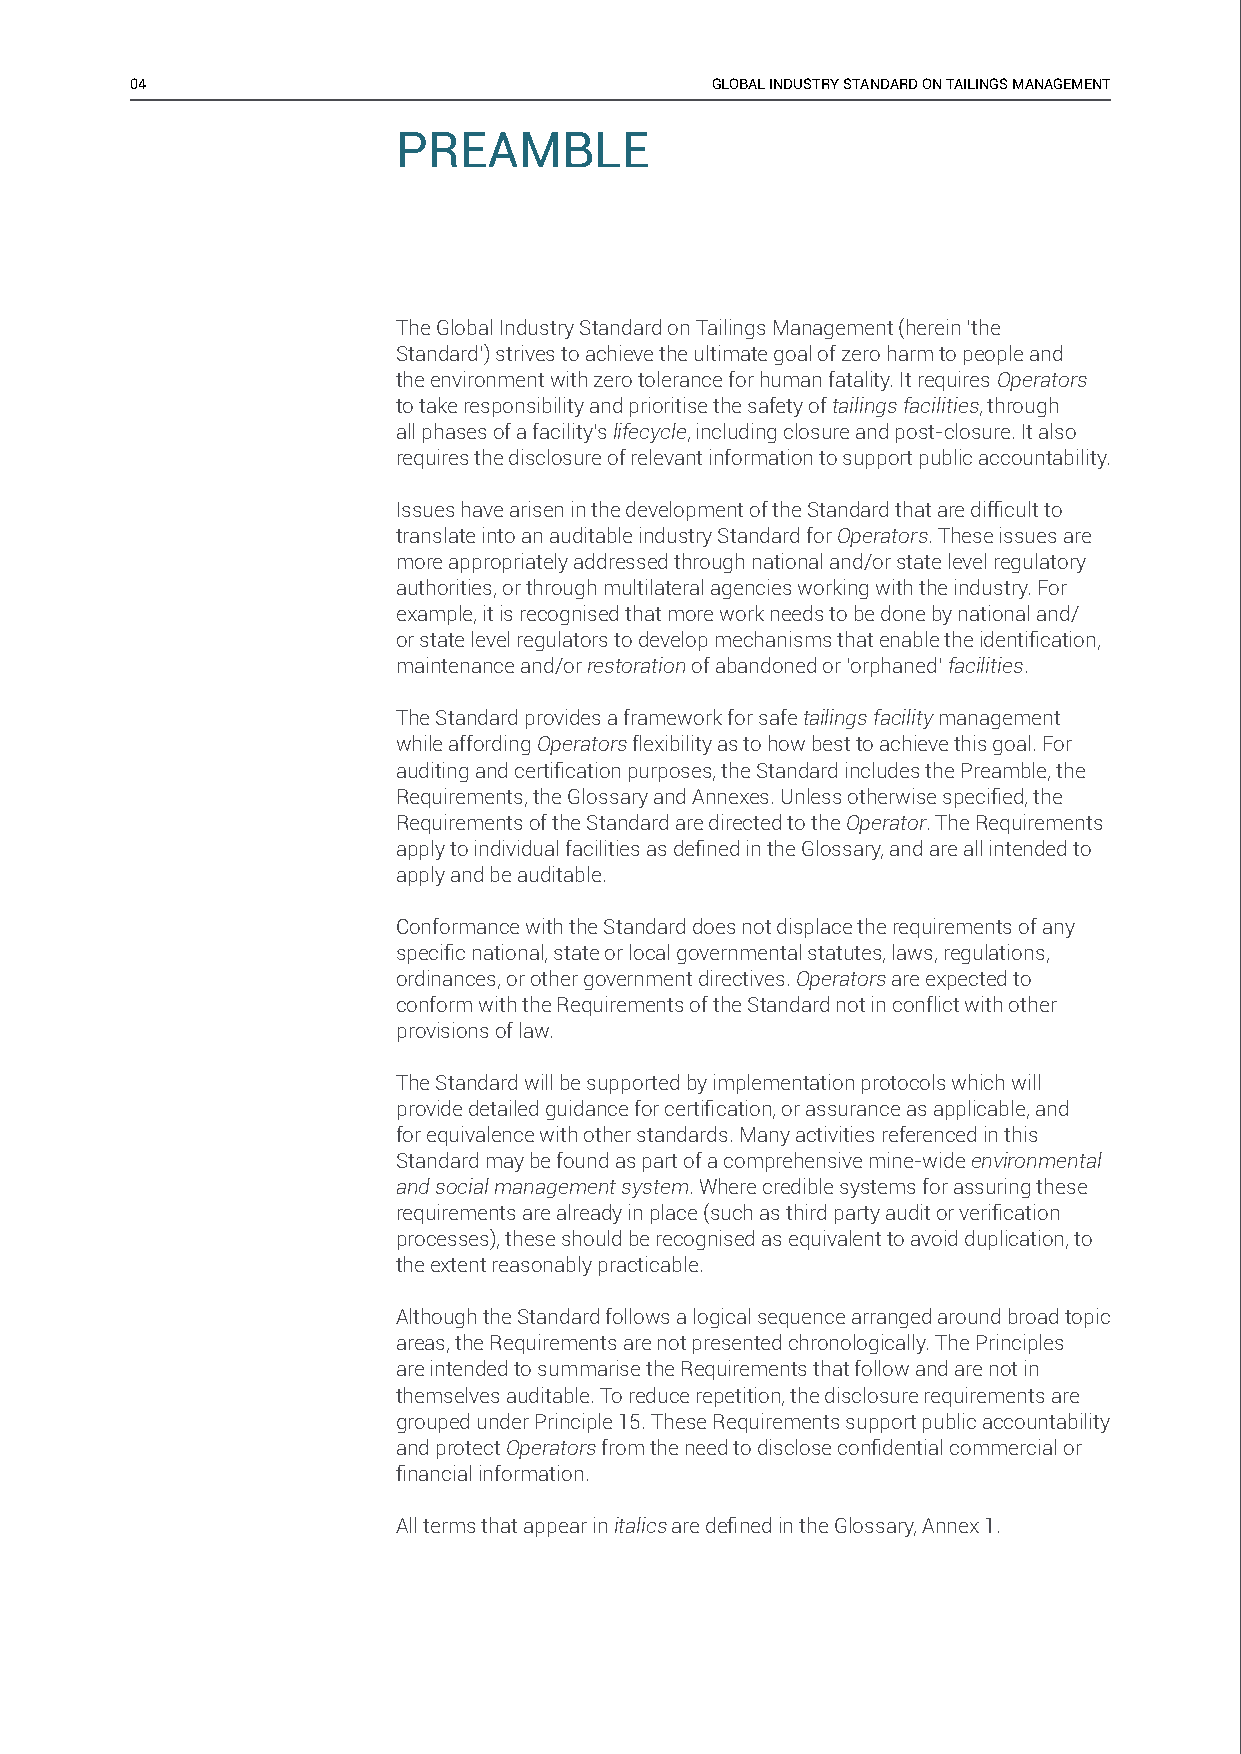
04                                    GLOBAL INDUSTRY STANDARD ON TAILINGS MANAGEMENT
 PREAMBLE
 The Global Industry Standard on Tailings Management (herein ‘the
 Standard’) strives to achieve the ultimate goal of zero harm to people and
 the environment with zero tolerance for human fatality. It requires Operators
 to take responsibility and prioritise the safety of tailings facilities, through
 all phases of a facility’s lifecycle, including closure and post-closure. It also
 requires the disclosure of relevant information to support public accountability.
 Issues have arisen in the development of the Standard that are diffi cult to
 translate into an auditable industry Standard for Operators. These issues are
 more appropriately addressed through national and/or state level regulatory
 authorities, or through multilateral agencies working with the industry. For
 example, it is recognised that more work needs to be done by national and/
 or state level regulators to develop mechanisms that enable the identifi cation,
 maintenance and/or restoration of abandoned or ‘orphaned’ facilities.
 The Standard provides a framework for safe tailings facility management
 while affording Operators flexibility as to how best to achieve this goal. For
 auditing and certifi cation purposes, the Standard includes the Preamble, the
 Requirements, the Glossary and Annexes. Unless otherwise specifi ed, the
 Requirements of the Standard are directed to the Operator. The Requirements
 apply to individual facilities as defi ned in the Glossary, and are all intended to
 apply and be auditable.
 Conformance with the Standard does not displace the requirements of any
 specifi c national, state or local governmental statutes, laws, regulations,
 ordinances, or other government directives. Operators are expected to
 conform with the Requirements of the Standard not in conflict with other
 provisions of law.
 The Standard will be supported by implementation protocols which will
 provide detailed guidance for certifi cation, or assurance as applicable, and
 for equivalence with other standards. Many activities referenced in this
 Standard may be found as part of a comprehensive mine-wide environmental
 and social management system. Where credible systems for assuring these
 requirements are already in place (such as third party audit or verifi cation
 processes), these should be recognised as equivalent to avoid duplication, to
 the extent reasonably practicable.
 Although the Standard follows a logical sequence arranged around broad topic
 areas, the Requirements are not presented chronologically. The Principles
 are intended to summarise the Requirements that follow and are not in
 themselves auditable. To reduce repetition, the disclosure requirements are
 grouped under Principle 15. These Requirements support public accountability
 and protect Operators from the need to disclose confi dential commercial or
 fi nancial information.
 All terms that appear in italics are defi ned in the Glossary, Annex 1.